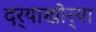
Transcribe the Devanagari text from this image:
दर्‍याखोर्‍या